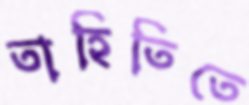
তাহিতিতে